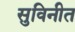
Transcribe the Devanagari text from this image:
सुविनीत